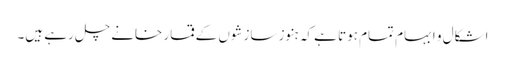
اشکال و ابہام تمام ہوتا ہے کہ ہنوز سازشوں کے قمار خانے چل رہے ہیں۔